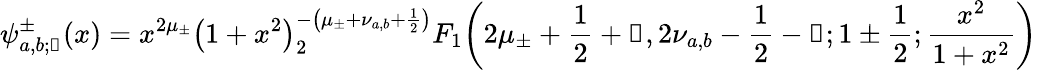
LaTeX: \psi_{a,b;\mathscr{k}}^{\pm}(x)=x^{2\mu_{\pm}}{\left(1+x^{2}\right)}^{-\left(\mu_{\pm}+\nu_{a,b}+\frac{1}{2}\right)}_{2}F_{1}\! \left(2\mu_{\pm}+\frac{1}{2}+\mathscr{k},2\nu_{a,b}-\frac{1}{2}-\mathscr{k};1\pm\frac{1}{2};\frac{x^{2}}{1+x^{2}}\right)